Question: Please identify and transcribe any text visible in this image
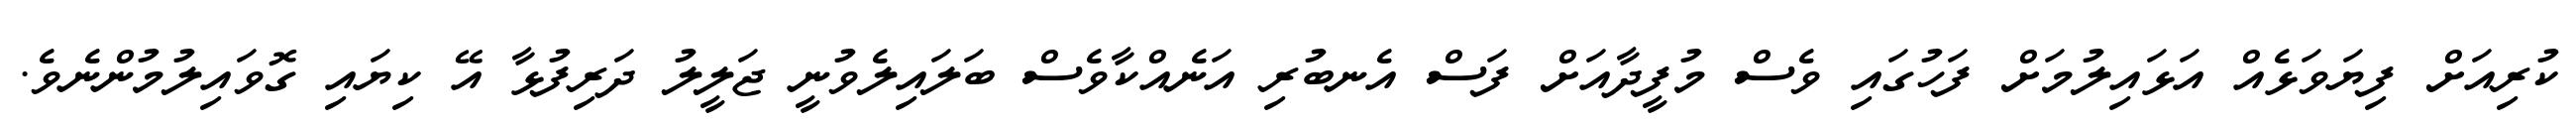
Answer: ކުރިއަށް ފިޔަވަޅެއް އަޅައިލުމަށް ފަހުގައި ވެސް މުފީދާއަށް ފަސް އެނބުރި އަނެއްކާވެސް ބަލައިލެވުނީ ޖަލީލު ދަރިފުޅާ އޭ ކިޔައި ގޮވައިލުމުންނެވެ.